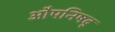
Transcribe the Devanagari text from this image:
औपनिषद्